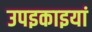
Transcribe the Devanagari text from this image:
उपइकाइयां